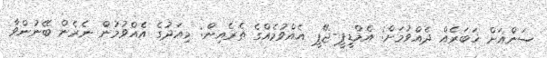
ސަންއަށް ޚަބަރެއް ދެއްވުމަށް: އެމްޑީޕީ-ޖޭޕީ އެއްވުމެއްގެ ތެރެއިން: މިއަދުގެ އެއްވުމުން ނެރެން ބޭނުންވާ